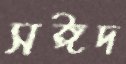
সঈদ